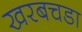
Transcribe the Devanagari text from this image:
खरबचडा